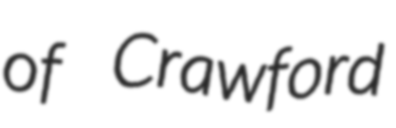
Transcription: of Crawford